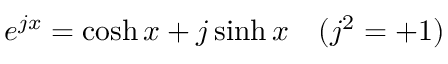
e ^ { j x } = \cosh x + j \sinh x \quad ( j ^ { 2 } = + 1 )